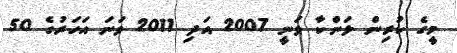
މީގެ ކުރިން ލަންކާ ވަނީ 2007 އަދި 2011 ވަނަ އަހަރުގެ 50